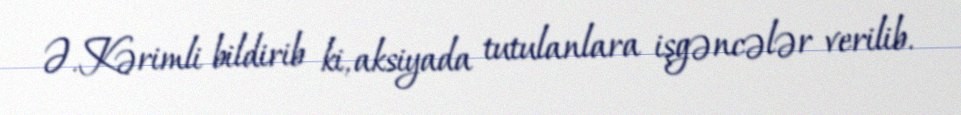
Ə.Kərimli bildirib ki, aksiyada tutulanlara işgəncələr verilib.